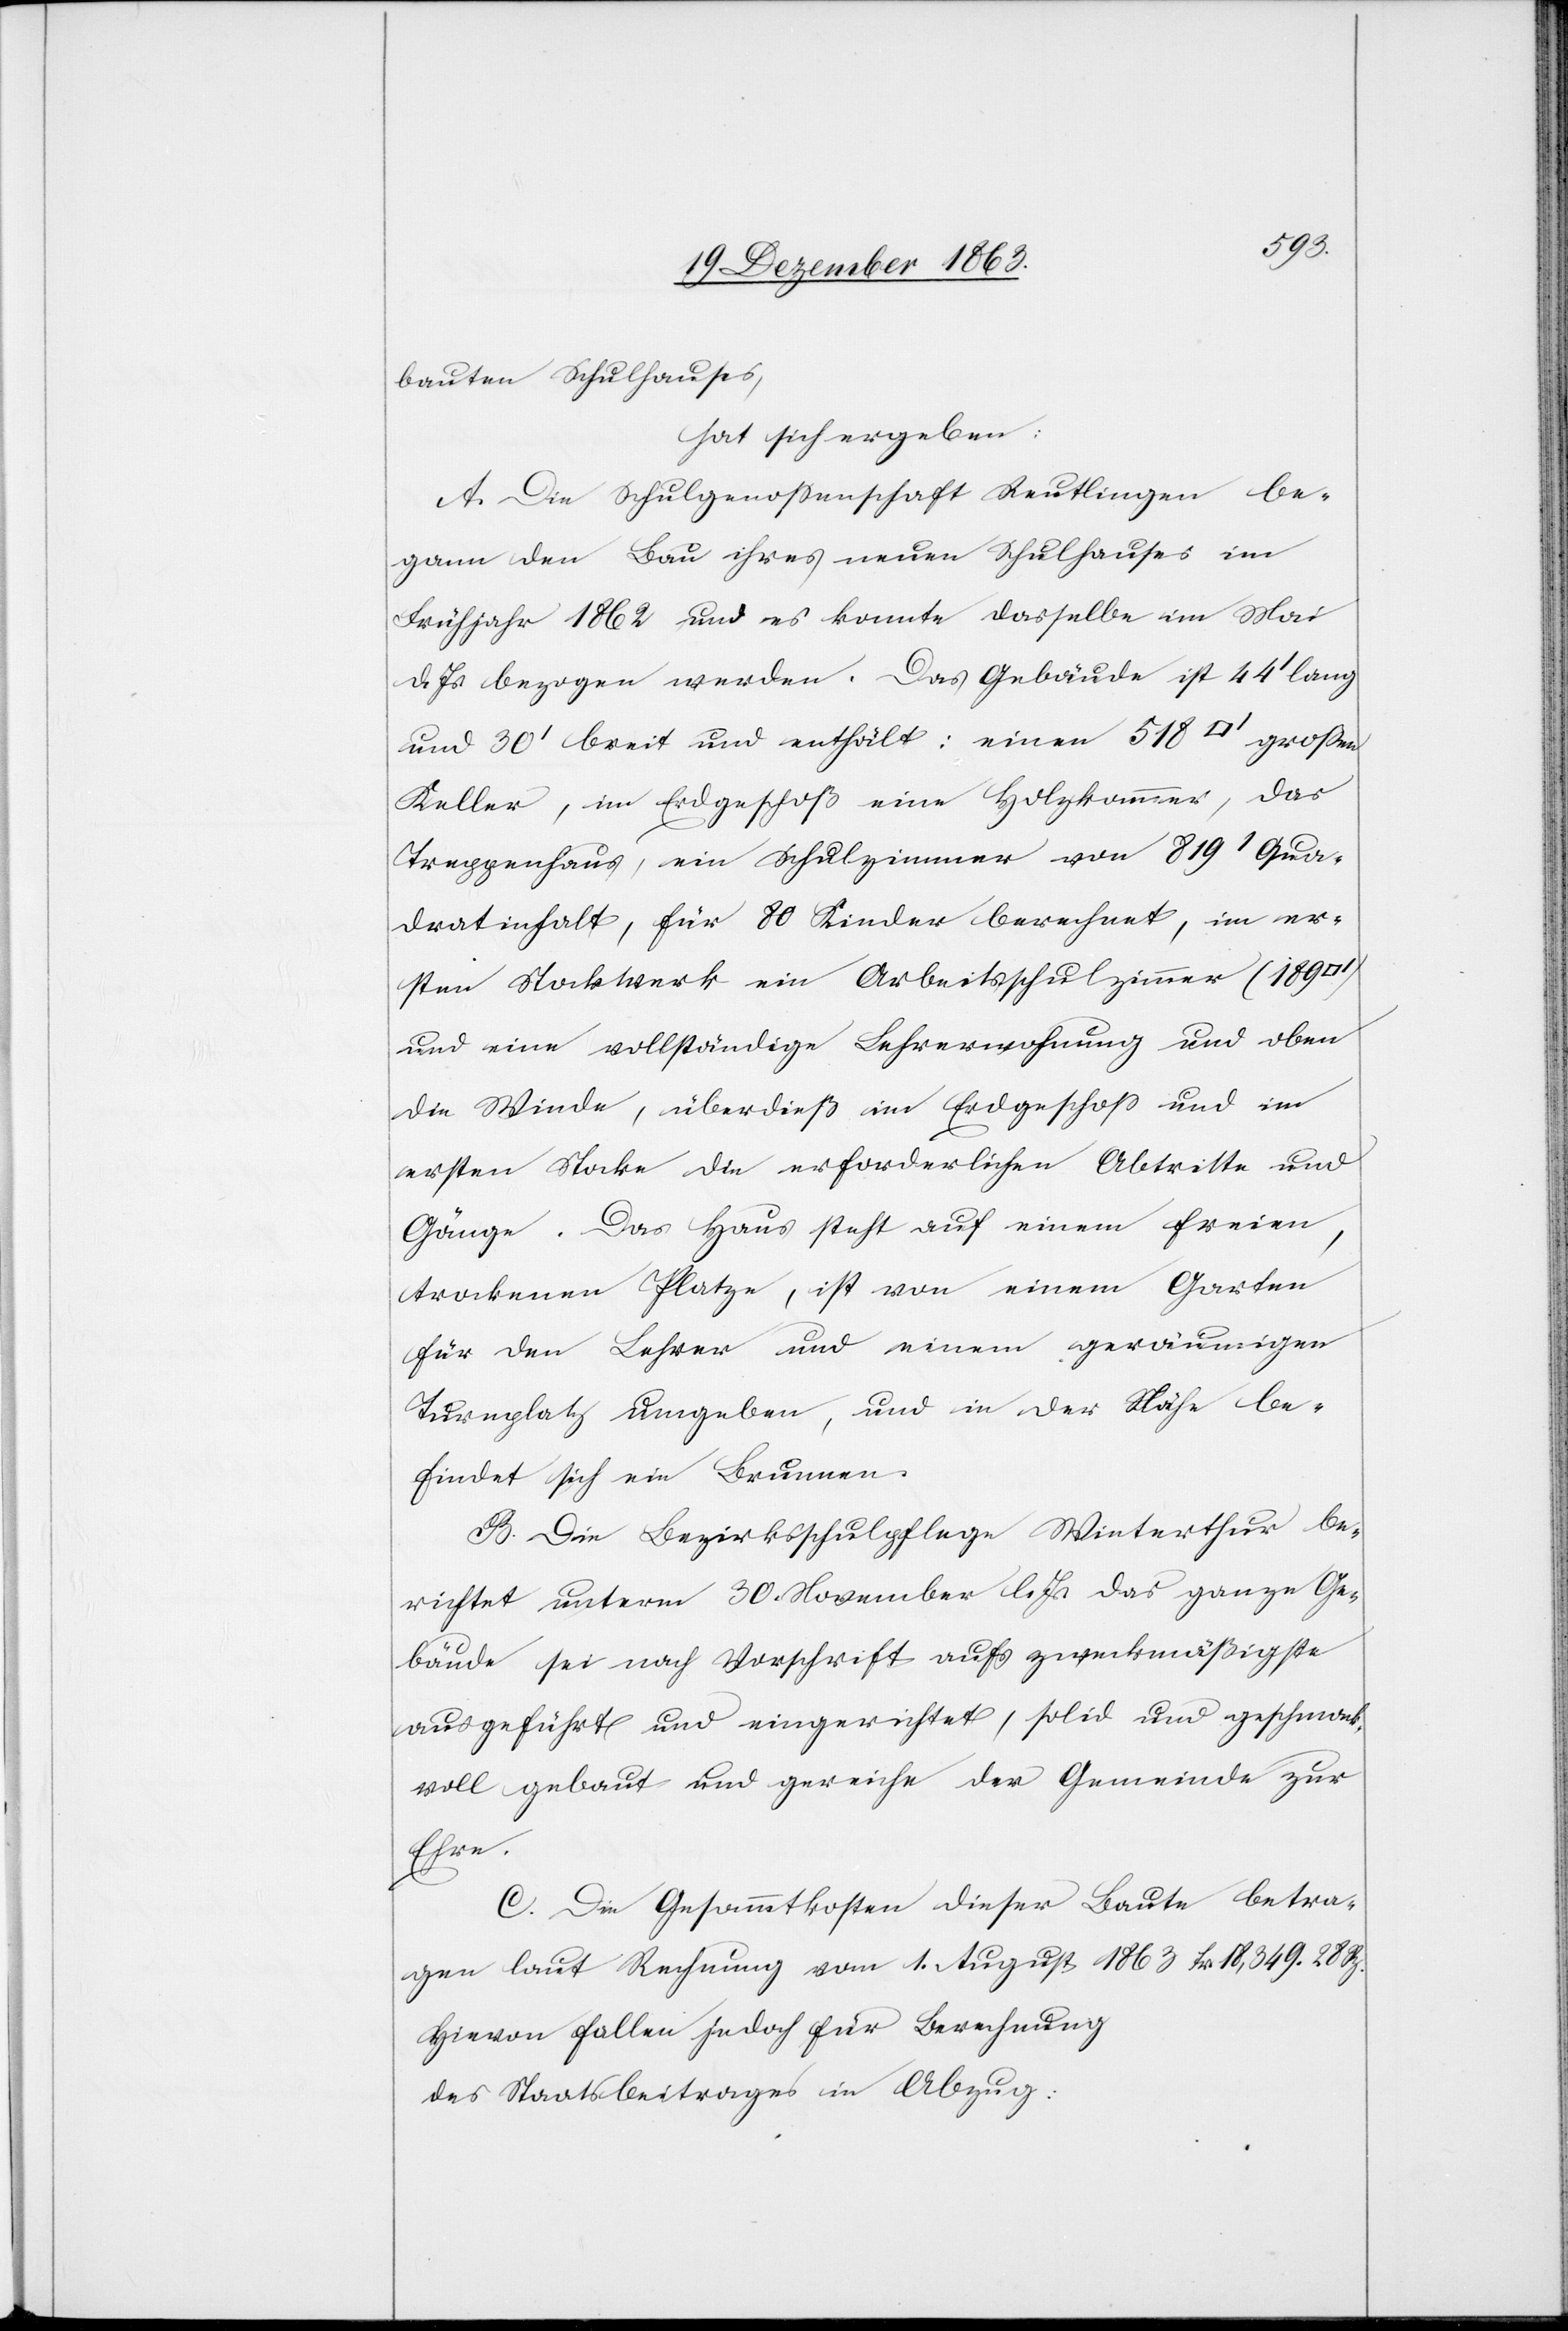
bauten Schulhauses,
hat sich ergeben:
A. Die Schulgenossenschaft Reutlingen be¬
gann den Bau ihres neuen Schulhauses im
Frühjahr 1862 und es konnte dasselbe im Mai
d. Js. bezogen werden. Das Gebäude ist 44' lang
und 30' breit und enthält: einen 518 [Quadratfuss] großen
Keller, im Erdgeschoß eine Holzkammer, das
Treppenhaus, ein Schulzimmer von 819' Qua¬
dratinhalt, für 80 Kinder berechnet, im er¬
sten Stockwerk ein Arbeitsschulzimmer (189
und eine vollständige Lehrerwohnung und oben
die Winde, überdieß im Erdgeschoss und im
ersten Stocke die erforderlichen Abtritte und
Gänge. Das Haus steht auf einem freien,
trockenen Platze, ist von einem Garten
für den Lehrer und einem geräumigen
Turnplatz umgeben, und in der Nähe be¬
findet sich ein Brunnen.
B. Die Bezirksschulpflege Winterthur be¬
richtet unterm 30. November l. Js. das ganze Ge¬
bäude sei nach Vorschrift aufs zweckmäßigste
ausgeführt und eingerichtet, solid und geschmack¬
voll gebaut und gereiche der Gemeinde zur
Ehre.
C. Die Gesammtkosten dieser Baute betra¬
gen laut Rechnung vom 1. August 1863 Fr. 18,349. 28 Rp.
Hievon fallen jedoch für Berechnung
des Staatsbeitrages in Abzug: